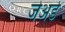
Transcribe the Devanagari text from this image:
जेअर्ड